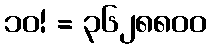
၁၀! = ၃၆၂၈၈၀၀